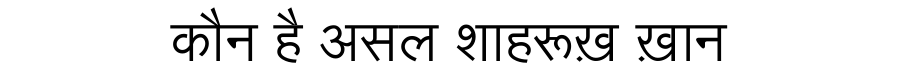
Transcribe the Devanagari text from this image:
कौन है असल शाहरूख़ ख़ान